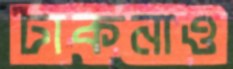
ঢাকনাও